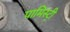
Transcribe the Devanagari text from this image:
पामिस्ट्री